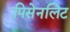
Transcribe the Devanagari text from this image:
पिसेनलिट